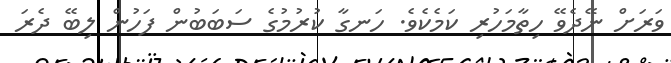
ވަރަށް ނޭދެވޭ ހިތާމަހުރި ކަމެކެވެ. ހަނގާ ކުރުމުގެ ސަބަބުން ފަހުން ލިބޭ ދެރަ